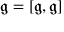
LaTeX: { \mathfrak { g } } = [ { \mathfrak { g } } , { \mathfrak { g } } ]